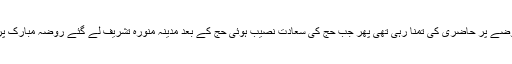
ان کو ساری زندگی حضور صلی اللہ علیہ وسلم کے روضے پر حاضری کی تمنا رہی تھی پھر جب حج کی سعادت نصیب ہوئی حج کے بعد مدینہ منورہ تشریف لے گئے روضہ مبارک پر حاضری ہوئی تو بے ساختہ عربی کے اشعار پڑھے۔